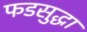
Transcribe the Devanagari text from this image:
फडसुद्धा